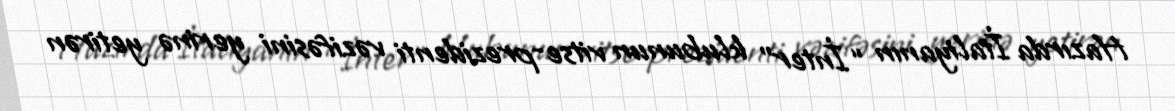
Hazırda İtaliyanın “İnter” klubunun vitse-prezidenti vəzifəsini yerinə yetirən